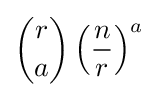
{\binom {r}{a}}\left({\frac {n}{r}}\right)^{a}